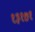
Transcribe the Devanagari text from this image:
१३१७१